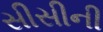
સીસીની